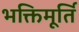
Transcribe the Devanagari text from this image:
भक्तिमूर्ति